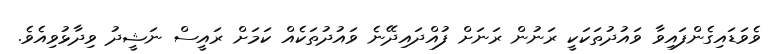
ވެވަޑައިގެންފައިވާ ވައުދުތަކަކީ ރަނުން ރަނަށް ފުއްދައިދޭނެ ވައުދުތަކެއް ކަމަށް ރައީސް ނަޝީދު ވިދާޅުވިއެވެ.